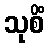
သုစိံ